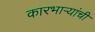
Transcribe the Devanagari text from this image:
कारभार्‍यांची